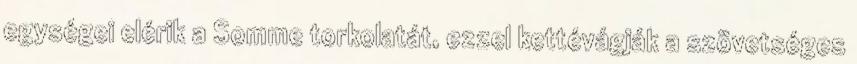
egységei elérik a Somme torkolatát, ezzel kettévágják a szövetséges